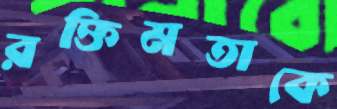
রক্তিমতাকে